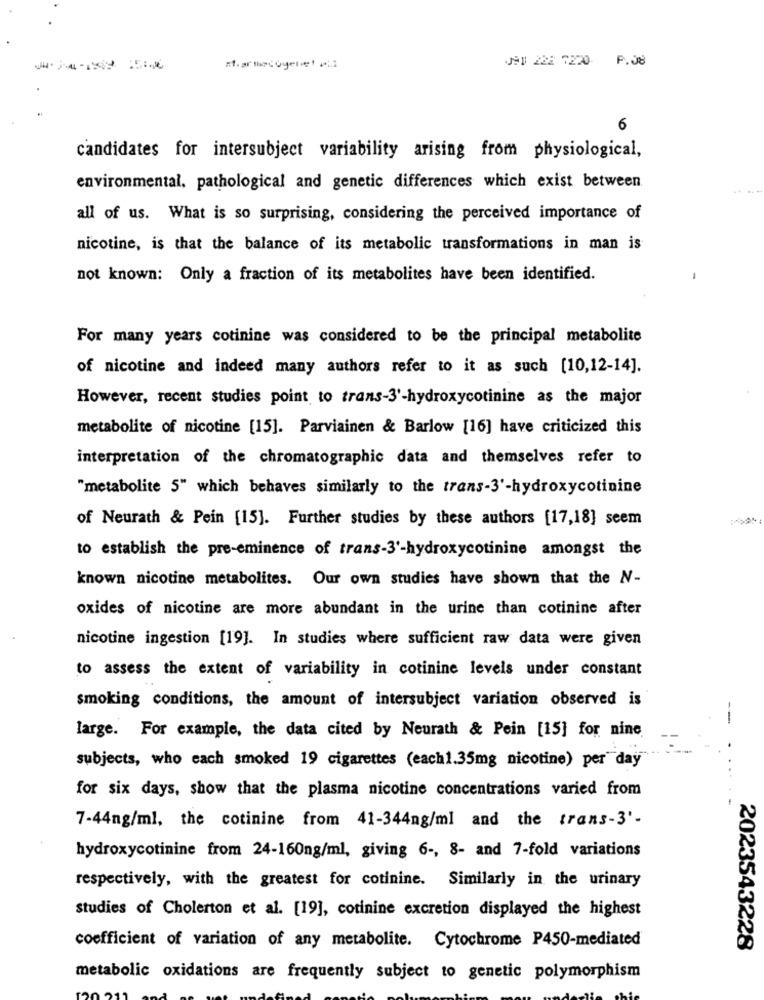
J9# 228 7270 P.J8
6
candidates for intersubject variability arising from physiological,
environmental, pathological and genetic differences which exist between
all of us. What is so surprising, considering the perceived importance of
nicotine, is that the balance of its metabolic transformations in man is
not known: Only a fraction of its metabolites have been identified.
For many years cotinine was considered to be the principal metabolite
of nicotine and indeed many authors refer to it as such [10,12-14].
However, recent studies point to trans-3'-hydroxycotinine as the major
metabolite of nicotine [15]. Parviainen & Barlow [16] have criticized this
interpretation of the chromatographic data and themselves refer to
"metabolite 5" which behaves similarly to the trans-3'-hydroxycotinine
of Neurath & Pein [15]. Further studies by these authors [17,18] seem
to establish the pre-eminence of trans-3'-hydroxycotinine amongst the
known nicotine metabolites. Our own studies have shown that the N-
oxides of nicotine are more abundant in the urine than cotinine after
nicotine ingestion [19]. In studies where sufficient raw data were given
to assess the extent of variability in cotinine levels under constant
smoking conditions, the amount of intersubject variation observed is
large. For example, the data cited by Neurath & Pein [15] for nine
subjects, who each smoked 19 cigarettes (each1.35mg nicotine) per"day
for six days, show that the plasma nicotine concentrations varied from
7-44ng/ml, the cotinine from 41-344ng/ml and the trans-3'-
hydroxycotinine from 24-160ng/ml, giving 6 -, 8- and 7-fold variations
respectively, with the greatest for cotinine. Similarly in the urinary
studies of Cholerton et al. [19], cotinine excretion displayed the highest
coefficient of variation of any metabolite. Cytochrome P450-mediated
2023543228
metabolic oxidations are frequently subject to genetic polymorphism